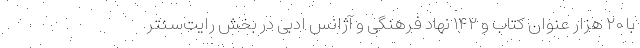
با ۲۰ هزار عنوان کتاب و ۱۴۲ نهاد فرهنگی و آژانس ادبی در بخش رایت‌سنتر